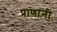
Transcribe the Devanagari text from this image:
प्राणांनी